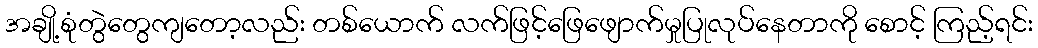
အချို့စုံတွဲတွေကျတော့လည်း တစ်ယောက် လက်ဖြင့်ဖြေဖျောက်မှုပြုလုပ်နေတာကို စောင့် ကြည့်ရင်း